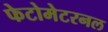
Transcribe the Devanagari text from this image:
फेटोमेटरनल